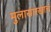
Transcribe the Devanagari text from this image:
मुलासारखाच